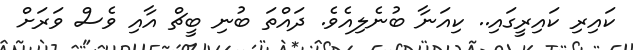
ކައިރި ކައިރީގައި.. ކިއަނާ ބުނެލިއެވެ. ދައްތަ ބުނި ބީޗް އާއި ވެސް ވަރަށް